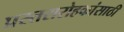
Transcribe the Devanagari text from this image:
प्रस्तरारोहकांसाठी